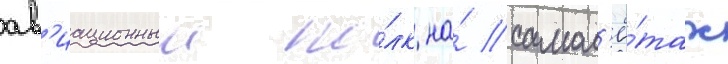
ав'иационныи по́лк на́ самол'ё́тах